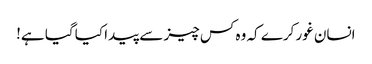
انسان غور کرے کہ وہ کس چیز سے پیدا کیا گیا ہے!